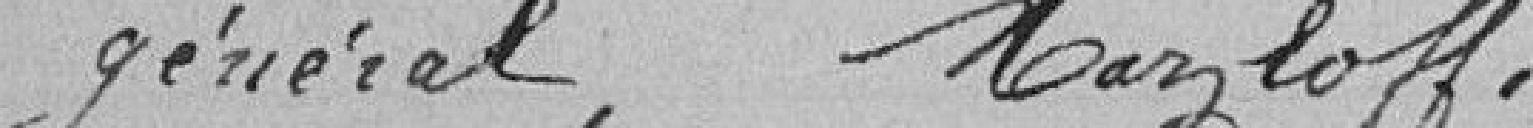
général, Marzloff.